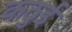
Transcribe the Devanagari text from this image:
कठुई